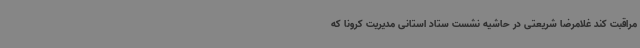
مراقبت کند غلامرضا شریعتی در حاشیه نشست ستاد استانی مدیریت کرونا که